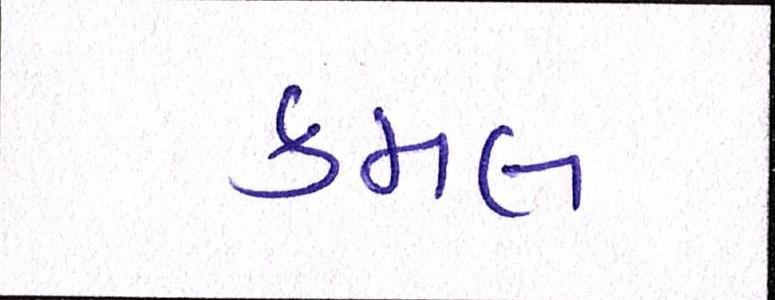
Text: કમલ